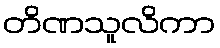
တိဏသူလိကာ